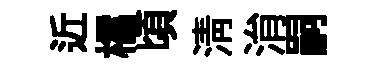
近櫺頃清㳙嗣